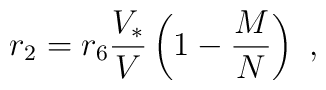
r_2=r_6{V_*\over V}\left(1-{M\over      N}\right)\ ,